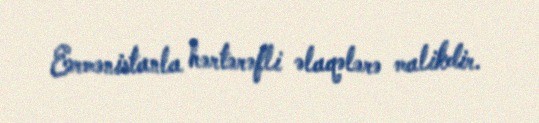
Ermənistanla hərtərəfli əlaqələrə malikdir.